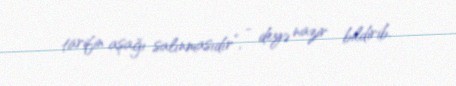
tarifin aşağı salınmasıdır”, - deyə nazir bildirib.